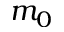
m _ { 0 }